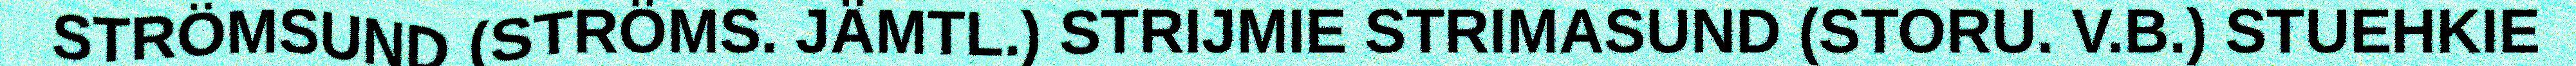
STRÖMSUND (STRÖMS. JÄMTL.) STRIJMIE STRIMASUND (STORU. V.B.) STUEHKIE